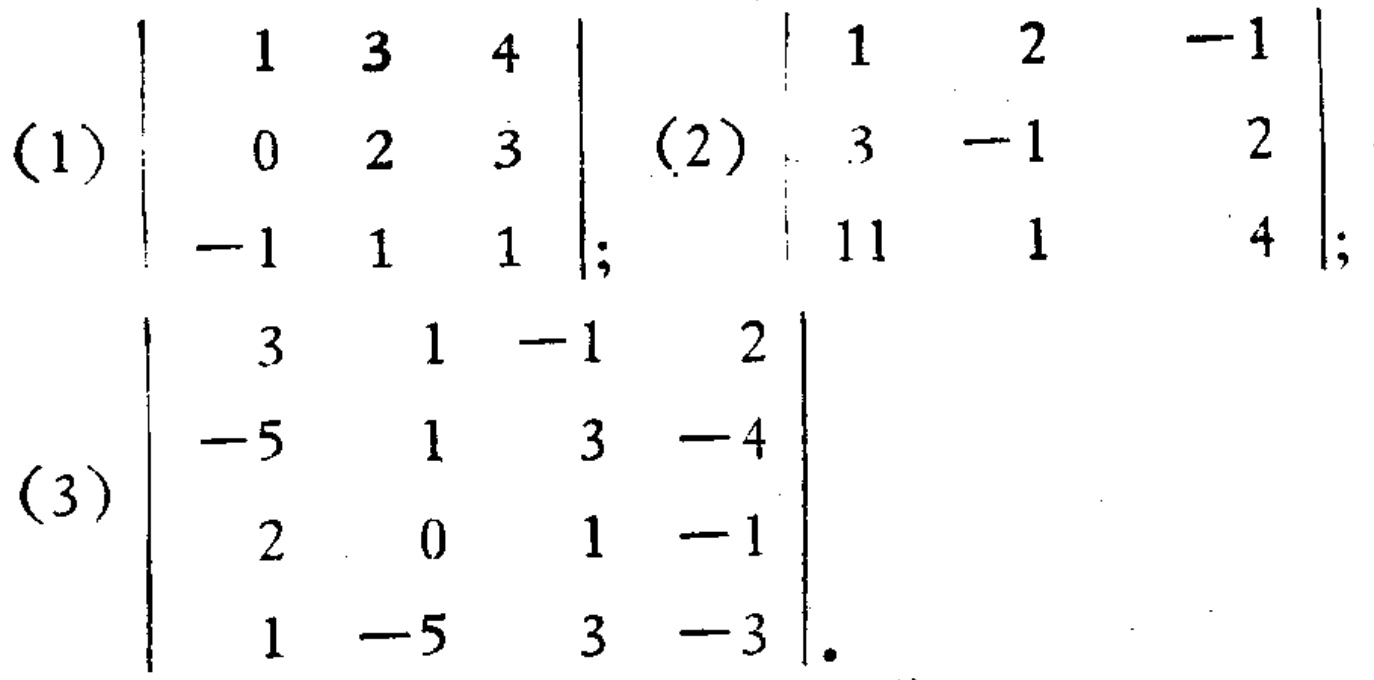
(1) \(\begin{vmatrix}
1 & 3 & 4 \\
0 & 2 & 3 \\
-1 & 1 & 1
\end{vmatrix}\); (2) \(\begin{vmatrix}
1 & 2 & -1 \\
3 & -1 & 2 \\
11 & 1 & 4
\end{vmatrix}\); (3) \(\begin{vmatrix}
3 & 1 & -1 & 2 \\
-5 & 1 & 3 & -4 \\
2 & 0 & 1 & -1 \\
1 & -5 & 3 & -3
\end{vmatrix}\)